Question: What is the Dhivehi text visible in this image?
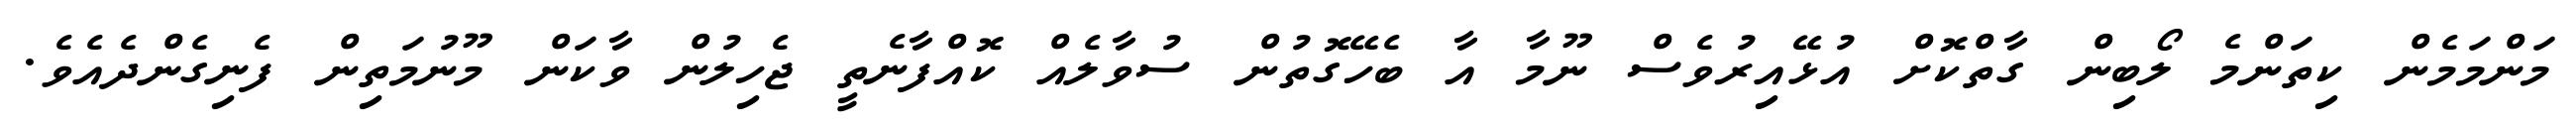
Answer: މަންމަމެން ކިތަންމެ ލޯބިން ގާތްކޮށް އުޅޭއިރުވެސް ނޫމާ އާ ބެހޭގޮތުން ސުވާލެއް ކޮއްފާނެތީ ޖެހިލުން ވާކަން މޫނުމަތިން ފެނިގެންދެއެވެ.